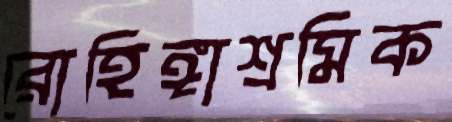
রোহিঙ্গাশ্রমিক